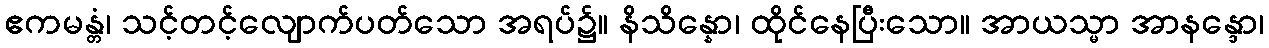
ဧကမန္တံ၊ သင့်တင့်လျောက်ပတ်သော အရပ်၌။ နိသိန္နော၊ ထိုင်နေပြီးသော။ အာယသ္မာ အာနန္ဒော၊